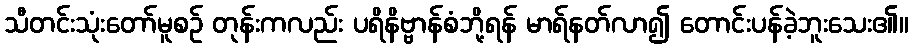
သီတင်းသုံးတော်မူစဉ် တုန်းကလည်း ပရိနိဗ္ဗာန်စံဘို့ရန် မာရ်နတ်လာ၍ တောင်းပန်ခဲ့ဘူးသေး၏။